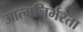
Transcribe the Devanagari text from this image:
आत्‍मनिर्भरता